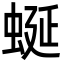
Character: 蜒